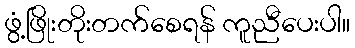
ဖွံ့ဖြိုးတိုးတက်စေရန် ကူညီပေးပါ။